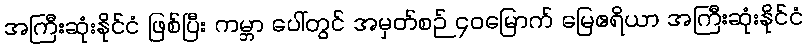
အကြီးဆုံးနိုင်ငံ ဖြစ်ပြီး ကမ္ဘာ ပေါ်တွင် အမှတ်စဉ် ၄၀မြောက် မြေဧရိယာ အကြီးဆုံးနိုင်ငံ